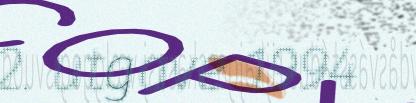
2. utgave 1994